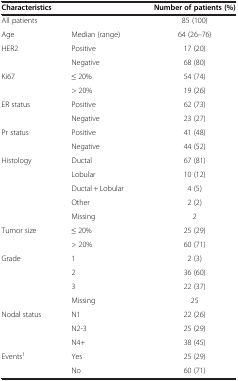
<table><thead><tr><td colspan="2"><b>Characteristics</b></td><td><b>Number of patients (%)</b></td></tr></thead><tbody><tr><td>All patients</td><td> </td><td>85 (100)</td></tr><tr><td>Age</td><td>Median (range)</td><td>64 (26–76)</td></tr><tr><td>HER2</td><td>Positive</td><td>17 (20)</td></tr><tr><td> </td><td>Negative</td><td>68 (80)</td></tr><tr><td>Ki67</td><td>≤ 20%</td><td>54 (74)</td></tr><tr><td> </td><td>&gt; 20%</td><td>19 (26)</td></tr><tr><td>ER status</td><td>Positive</td><td>62 (73)</td></tr><tr><td> </td><td>Negative</td><td>23 (27)</td></tr><tr><td>Pr status</td><td>Positive</td><td>41 (48)</td></tr><tr><td> </td><td>Negative</td><td>44 (52)</td></tr><tr><td>Histology</td><td>Ductal</td><td>67 (81)</td></tr><tr><td> </td><td>Lobular</td><td>10 (12)</td></tr><tr><td> </td><td>Ductal + Lobular</td><td>4 (5)</td></tr><tr><td> </td><td>Other</td><td>2 (2)</td></tr><tr><td> </td><td>Missing</td><td>2</td></tr><tr><td>Tumor size</td><td>≤ 20%</td><td>25 (29)</td></tr><tr><td> </td><td>&gt; 20%</td><td>60 (71)</td></tr><tr><td>Grade</td><td>1</td><td>2 (3)</td></tr><tr><td> </td><td>2</td><td>36 (60)</td></tr><tr><td> </td><td>3</td><td>22 (37)</td></tr><tr><td> </td><td>Missing</td><td>25</td></tr><tr><td>Nodal status</td><td>N1</td><td>22 (26)</td></tr><tr><td> </td><td>N2-3</td><td>25 (29)</td></tr><tr><td> </td><td>N4+</td><td>38 (45)</td></tr><tr><td>Events<sup>1</sup></td><td>Yes</td><td>25 (29)</td></tr><tr><td> </td><td>No</td><td>60 (71)</td></tr></tbody></table>